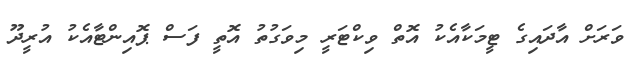
ވަރަށް އާދައިގެ ޓީމަކާއެކު އޮތް ވިކްޓަރީ މިވަގުތު އޮތީ ފަސް ޕޮއިންޓާއެކު އުރީދޫ